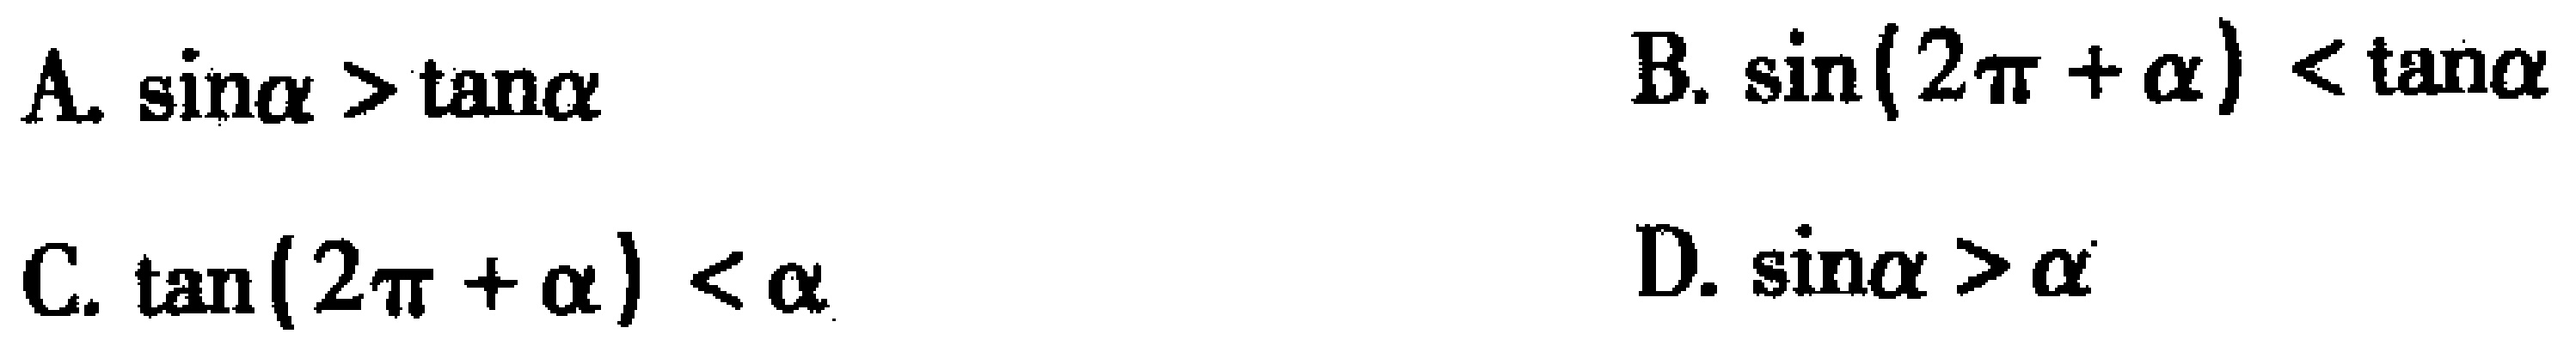
A. $\sin\alpha > \tan\alpha$  B. $\sin(2\pi + \alpha) < \tan\alpha$
C. $\tan(2\pi + \alpha) < \alpha$  D. $\sin\alpha > \alpha$